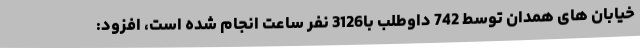
خیابان های همدان توسط 742 داوطلب با3126 نفر ساعت انجام شده است، افزود: